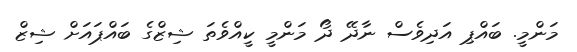
މަންމީ. ބައްޕި އަދިވެސް ނާދޭ ދޯ މަންމީ ކީއްވެތަ ޝިޒްގެ ބައްޕައަށް ޝިޒް